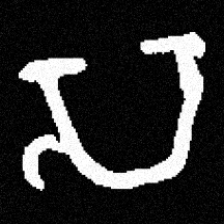
Pyu character \u2014 Myanmar letter: သ (romanized: sa)